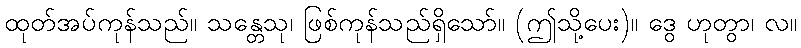
ထုတ်အပ်ကုန်သည်။ သန္တေသု၊ ဖြစ်ကုန်သည်ရှိသော်။ (ဤသို့ပေး)။ ဒွေ ဟုတွာ၊ လ။